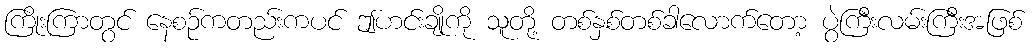
ကြိုးကြာတွင် နေစဉ်ကတည်းကပင် ဤဟင်းချိုကို သူတို့ တစ်နှစ်တစ်ခါလောက်တော့ ပွဲကြီးလမ်းကြီးအဖြစ်